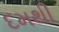
દમથી